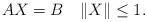
LaTeX: \begin{align*}AX = B \quad\|X\| \le 1.\end{align*}